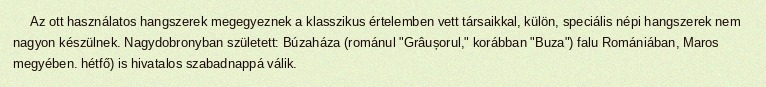
Az ott használatos hangszerek megegyeznek a klasszikus értelemben vett társaikkal, külön, speciális népi hangszerek nem nagyon készülnek. Nagydobronyban született: Búzaháza (románul "Grâușorul," korábban "Buza") falu Romániában, Maros megyében. hétfő) is hivatalos szabadnappá válik.